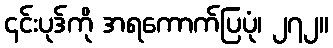
၎င်းပုဒ်ကို အရကောက်ပြပုံ၊ ၂၇၂။